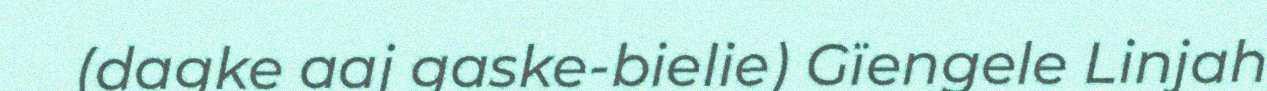
(dagke aaj gaske-bielie) Gïengele Linjah